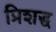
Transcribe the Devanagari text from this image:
प्रिशद्ध